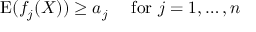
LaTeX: \operatorname { E } ( f _ { j } ( X ) ) \geq a _ { j } \quad { \mathrm { ~ f o r ~ } } j = 1 , \ldots , n